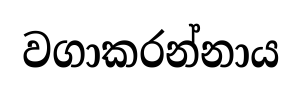
වගාකරන්නාය